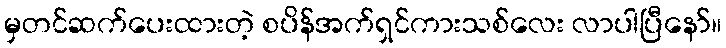
မှတင်ဆက်ပေးထားတဲ့ စပိန်အက်ရှင်ကားသစ်လေး လာပါပြီနော်။